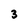
Character: 3